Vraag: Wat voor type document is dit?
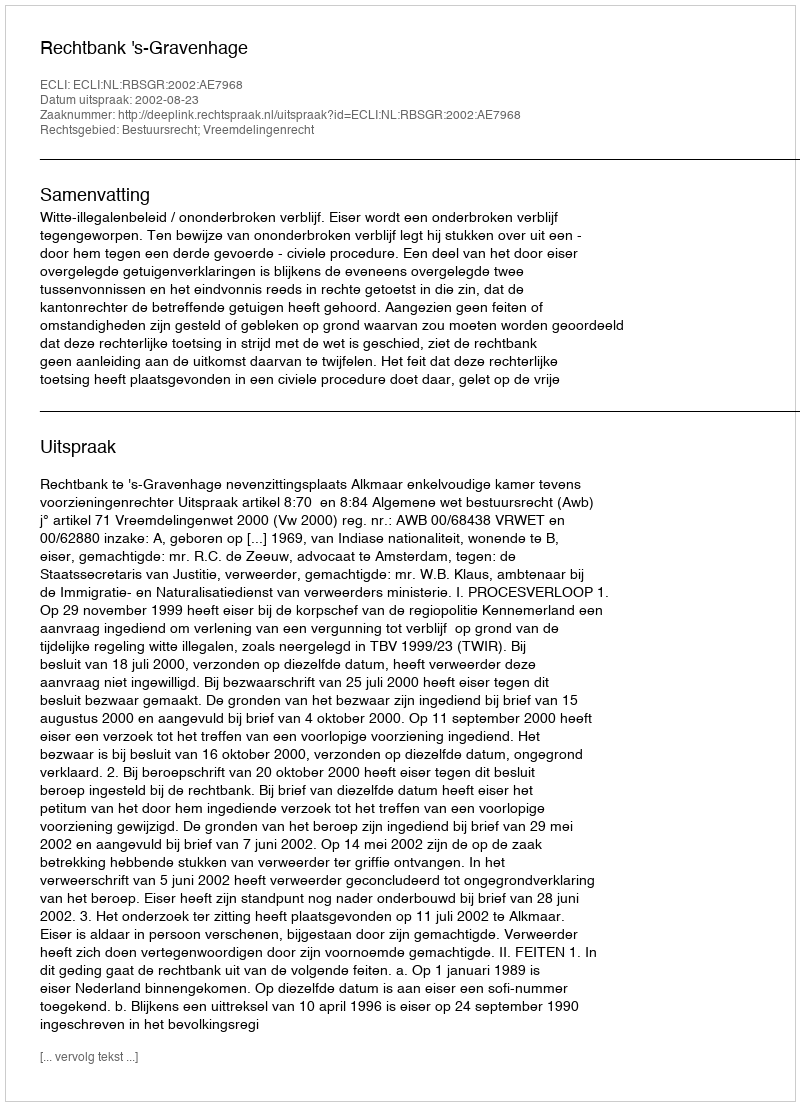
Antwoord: Uitspraak